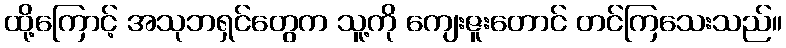
ထို့ကြောင့် အသုဘရှင်တွေက သူ့ကို ကျေးဇူးတောင် တင်ကြသေးသည်။